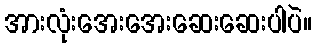
အားလုံးအေးအေးဆေးဆေးပါပဲ။